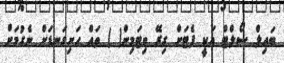
ބައިލް ސޯލްޓް އަކީ ފެޓަށް ގިރޭ ވިޓަމިން( ) ތައް ހަށިގަނޑަށް ނެގުމަށް